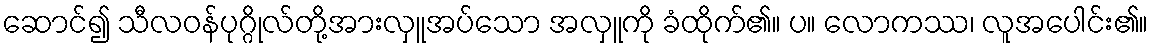
ဆောင်၍ သီလဝန်ပုဂ္ဂိုလ်တို့အားလှူအပ်သော အလှူကို ခံထိုက်၏။ ပ။ လောကဿ၊ လူအပေါင်း၏။